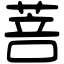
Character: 菩